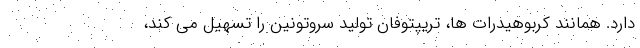
دارد. همانند کربوهیدرات ها، تریپتوفان تولید سروتونین را تسهیل می کند،